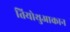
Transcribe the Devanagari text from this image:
तियोथुआकान